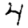
Digit: 4